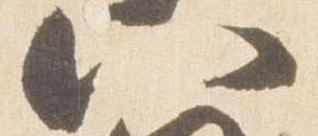
八